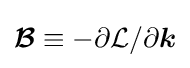
{\boldsymbol {\mathcal {B}}}\equiv -\partial {\mathcal {L}}/\partial {\boldsymbol {k}}